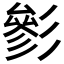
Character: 𱝦